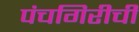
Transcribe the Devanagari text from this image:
पंचगिरीची